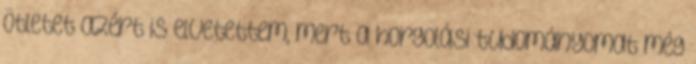
ötletet azért is elvetettem, mert a horgolási tudományomat még